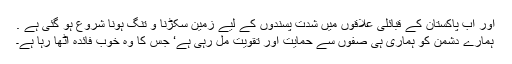
اور اب پاکستان کے قبائلی علاقوں میں شدت پسندوں کے لیے زمین سکڑنا و تنگ ہونا شروع ہو گئی ہے .
ہمارے دشمن کو ہماری ہی صفوں سے حمایت اور تقویت مل رہی ہے‘ جس کا وہ خوب فائدہ اٹھا رہا ہے۔